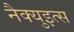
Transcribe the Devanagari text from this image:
नैक्युइत्स